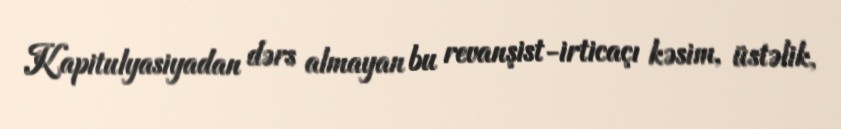
Kapitulyasiyadan dərs almayan bu revanşist-irticaçı kəsim, üstəlik,